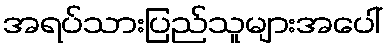
အရပ်သားပြည်သူများအပေါ်